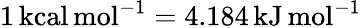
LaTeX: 1\, \mathrm{kcal\, mol}^{-1}=4.184\, \mathrm{kJ\, mol}^{-1}